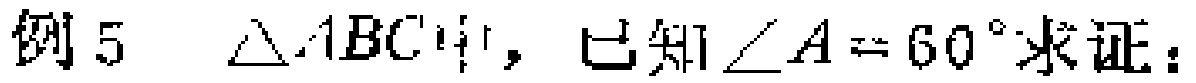
例5 $\triangle ABC中，已知\angle A = 60^{\circ}求证：$